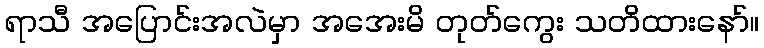
ရာသီ အပြောင်းအလဲမှာ အအေးမိ တုတ်ကွေး သတိထားနော်။